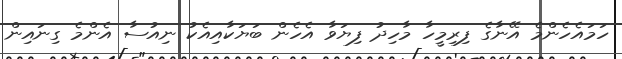
ހަމައެހެންމެ އޭނާގެ ފިރިމީހާ މާހިދު ފިޔަވާ އެހެން ބަޔަކާއިއެކު ނިއުސާ އެންމެ ގިނައިން